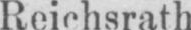
Reichsrath